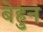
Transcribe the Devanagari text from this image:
बेहुन